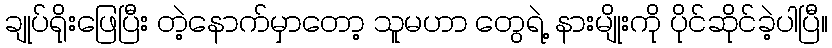
ချုပ်ရိုးဖြေပြီး တဲ့နောက်မှာတော့ သူမဟာ တွေရဲ့ နားမျိုးကို ပိုင်ဆိုင်ခဲ့ပါပြီ။